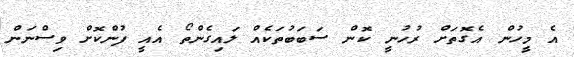
އެ މީހުން އެގޮތަށް ރުހުނީ ކޮން ސަބަބުތަކެއް ލައިގެންތޯ އެއީ ފުންކޮށް ވިސްނަން